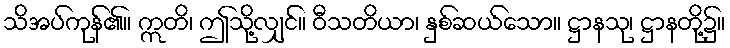
သိအပ်ကုန်၏။ ဣတိ၊ ဤသို့လျှင်။ ဝီသတိယာ၊ နှစ်ဆယ်သော။ ဋ္ဌာနသု၊ ဋ္ဌာနတို့၌။